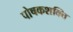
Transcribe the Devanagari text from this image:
पोषकशक्ति